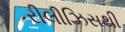
રીલીઝિસથી